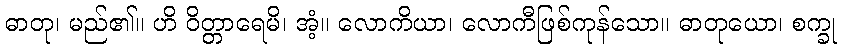
ဓာတု၊ မည်၏။ ဟိ ဝိတ္တာရေမိ၊ အံ့။ လောကိယာ၊ လောကီဖြစ်ကုန်သော။ ဓာတုယော၊ စက္ခု